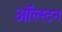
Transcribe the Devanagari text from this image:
ऑल्स्टन